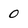
Character: 0